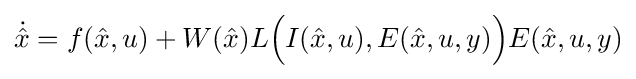
{\dot {\hat {x}}}=f({\hat {x}},u)+W({\hat {x}})L{\Bigl (}I({\hat {x}},u),E({\hat {x}},u,y){\Bigr )}E({\hat {x}},u,y)